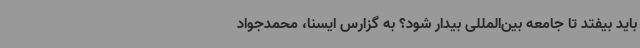
باید بیفتد تا جامعه بین‌المللی بیدار شود؟ به گزارس ایسنا، محمدجواد